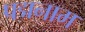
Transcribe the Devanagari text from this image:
पद्मनाम